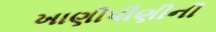
ખાણીપીણીની